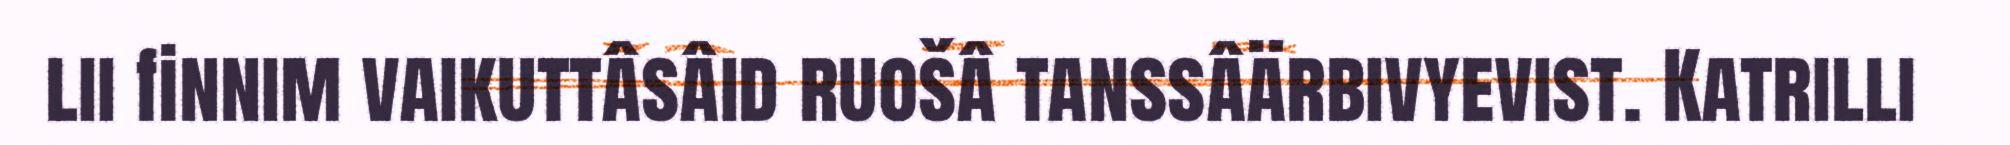
lii finnim vaikuttâsâid ruošâ tanssâärbivyevist. Katrilli